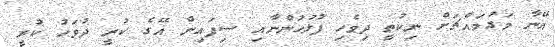
އޭނާ މަގުމައްޗަށް ނިކުތީ ދިވެހި ފުލުހުންނާއި ސިފައިން އޭގެ ކުރީ ދުވަހު ކުރީ